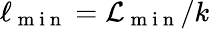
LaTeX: \ell_{\mathrm{~m~i~n~}}=\mathcal{L}_{\mathrm{~m~i~n~}}/k